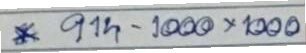
* 914 - 1000x1000